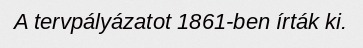
A tervpályázatot 1861-ben írták ki.